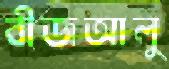
বীজআলু